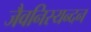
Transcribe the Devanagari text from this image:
जैवनिस्यन्दन